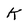
Character: k